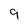
Character: 9